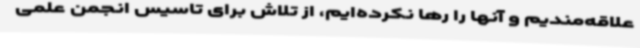
علاقه‌مندیم و آنها را رها نکرده‌ایم، از تلاش برای تاسیس انجمن علمی